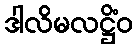
ဒါလိမလဋ္ဌိံဝ